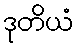
ဒုတိယံ